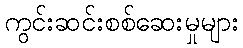
ကွင်းဆင်းစစ်ဆေးမှုများ